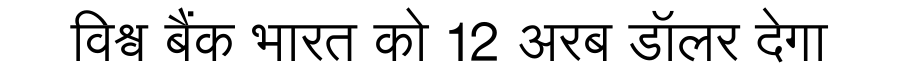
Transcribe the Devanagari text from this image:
विश्व बैंक भारत को 12 अरब डॉलर देगा